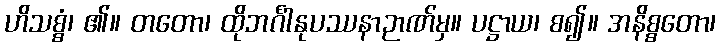
ဟိသစ္စံ၊ ၏။ တတော၊ ထိုဘင်္ဂါနုပဿနာဉာဏ်မှ။ ပဋ္ဌာယ၊ စ၍။ အနိစ္စတော၊